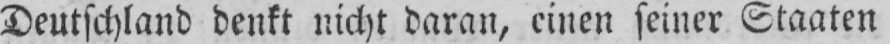
Deutschland denkt nicht daran, einen seiner Staaten